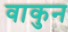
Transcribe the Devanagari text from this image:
वाकुन